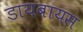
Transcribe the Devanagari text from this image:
डायबायस